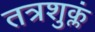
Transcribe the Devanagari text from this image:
तत्रशुक्लं